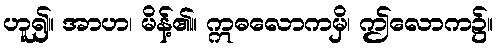
ဟူ၍။ အာဟ၊ မိန့်၏။ ဣဓလောကမှိ၊ ဤလောက၌။